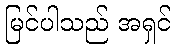
မြင်ပါသည် အရှင်